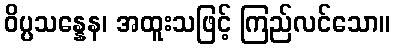
ဝိပ္ပသန္နေန၊ အထူးသဖြင့် ကြည်လင်သော။